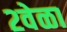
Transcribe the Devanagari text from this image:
२वेळा